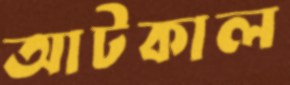
আটকাল